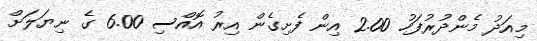
މިއަދު މެންދުރުފަހު 2.00 އިން ފެށިގެން އިރު އޮއްސި 6.00 ގެ ނިޔަލަށް